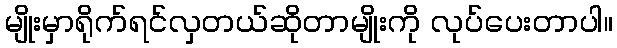
မျိုးမှာရိုက်ရင်လှတယ်ဆိုတာမျိုးကို လုပ်ပေးတာပါ။